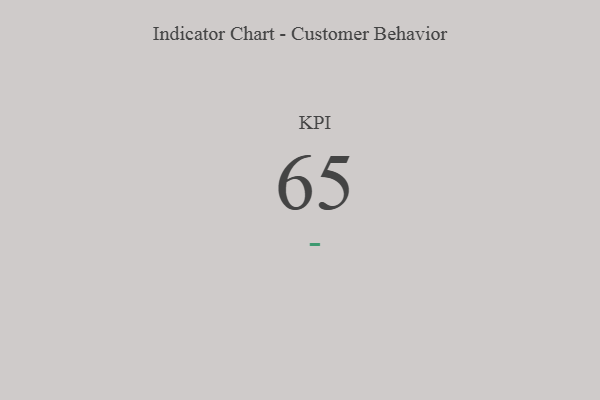
{"axis": {"x": "KPI", "y": "Value"}, "legend": [""], "data": [{"x": "KPI", "y": 65, "type": ""}]}